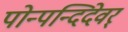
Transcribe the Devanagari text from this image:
पोन्पन्दिदेवर्